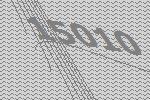
15010